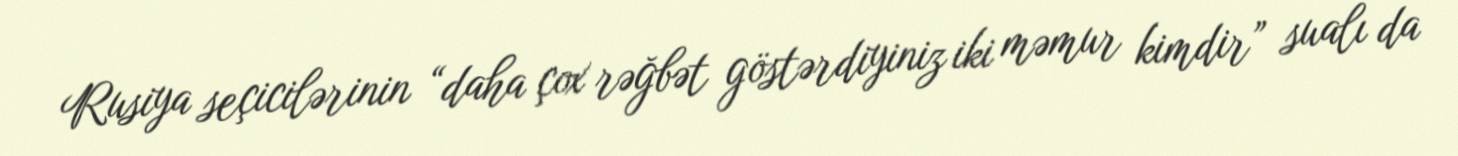
Rusiya seçicilərinin “daha çox rəğbət göstərdiyiniz iki məmur kimdir” sualı da